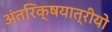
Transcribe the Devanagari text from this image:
अंतरिक्षयात्रीयो